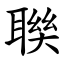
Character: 聫